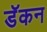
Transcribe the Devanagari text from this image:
डॅकन